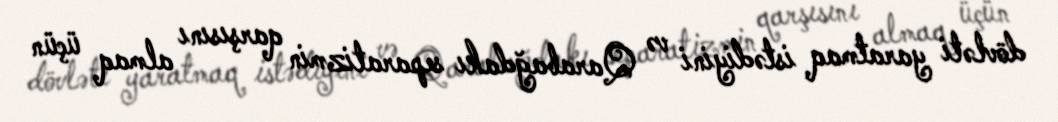
dövləti yaratmaq istədiyini və Qarabağdakı separatizmin qarşısını almaq üçün